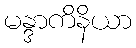
မန္ဒာကိနိယာ